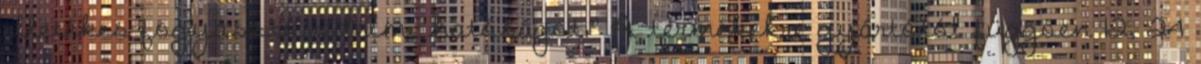
illetékes fogyasztóvédelmi hatóságot.” A termékekre gyártótól függően 12, 24